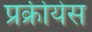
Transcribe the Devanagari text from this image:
प्रक्रीयेस